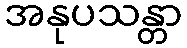
အနုပသန္တာ